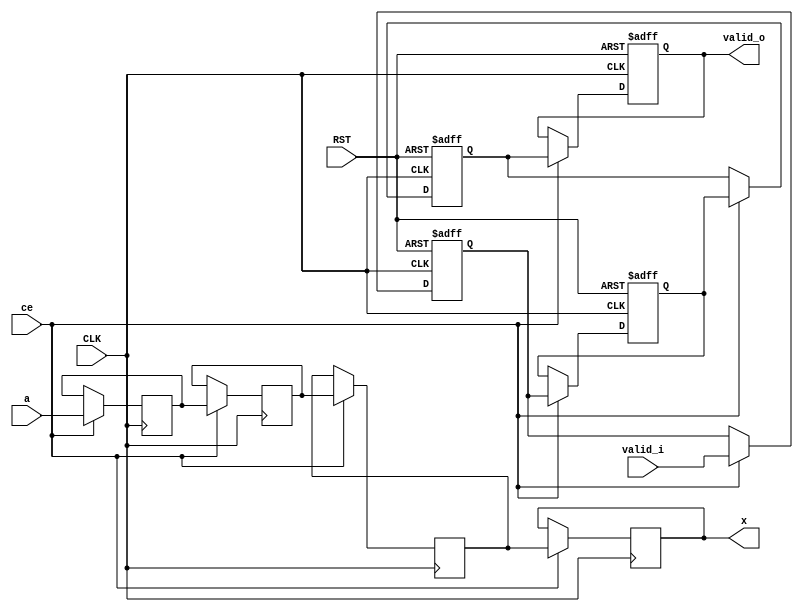

module delay
  #(parameter width = 8,
    parameter depth = 4)
  (
   input              CLK,
   input              RST,

   input              ce,

   input              valid_i,
   input [width-1:0]  a,

   output             valid_o,
   output [width-1:0] x
   );

   reg [width-1:0]    r[0:depth-1];
   genvar             g;
   assign x = r[depth-1];

   reg                vr[0:depth-1];
   assign valid_o = vr[depth-1];
   
   generate
      for (g=1; g<depth; g=g+1) begin : GEN_R
         always @(posedge CLK) begin
            if (ce)
              r[g] <= r[g-1];
         end

         always @(posedge CLK or negedge RST)
           if (!RST) begin
              vr[g] <= 1'b0;
           end else begin
              if (ce)
                vr[g] <= vr[g-1];
           end

      end
   endgenerate

   always @(posedge CLK) begin
      if (ce)
        r[0] <= a;
   end

   always @(posedge CLK or negedge RST)
     if (!RST) begin
        vr[0] <= 1'b0;
     end else begin
        if (ce)
          vr[0] <= valid_i;
     end

endmodule